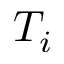
T _ { i }